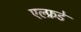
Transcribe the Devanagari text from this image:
एल्फ्रडे